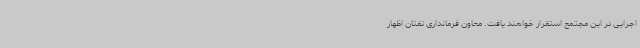
اجرایی در این مجتمع استقرار خواهند یافت. معاون فرمانداری تفتان اظهار